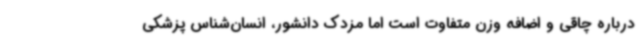
درباره چاقی و اضافه وزن متفاوت است اما مزدک دانشور، انسان‌شناس پزشکی